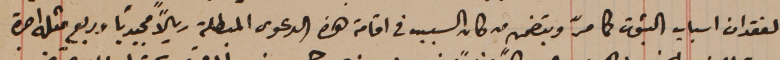
لفقدان اسباب الثبوت كما مرّ وبتضمن من كان السبب في اقامة هذه الدعوى المبطلة ريالاً مجيدياً وبربع مثله اجرة